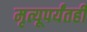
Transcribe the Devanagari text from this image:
मृत्यूपर्यंतही